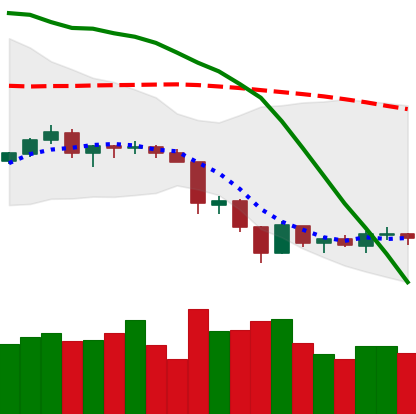
Ticker: LTC-USD
Chart end date: 2018-06-20
Forward return: -16.491%
Label: down_7plus